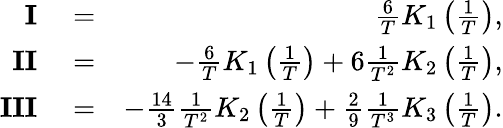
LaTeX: \begin{array}{rlr}{\mathbf{I}}&{{}=}&{\frac{6}{T}K_{1}\left(\frac{1}{T}\right),}\\ {\mathbf{II}}&{{}=}&{-\frac{6}{T}K_{1}\left(\frac{1}{T}\right)+6\frac{1}{T^{2}}K_{2}\left(\frac{1}{T}\right),}\\ {\mathbf{III}}&{{}=}&{-\frac{14}{3}\frac{1}{T^{2}}K_{2}\left(\frac{1}{T}\right)+\frac{2}{9}\frac{1}{T^{3}}K_{3}\left(\frac{1}{T}\right).}\end{array}